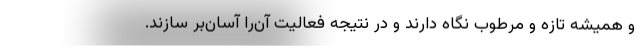
و همیشه تازه و مرطوب نگاه دارند و در نتیجه فعالیت آن‌را آسان‌بر سازند.